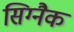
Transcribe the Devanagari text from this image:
सिग्‍नैक